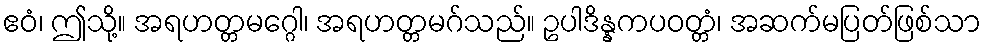
ဧဝံ၊ ဤသို့။ အရဟတ္တမဂ္ဂေါ၊ အရဟတ္တမဂ်သည်။ ဥပါဒိန္နကပဝတ္တံ၊ အဆက်မပြတ်ဖြစ်သာ